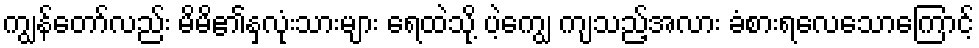
ကျွန်တော်လည်း မိမိ၏နှလုံးသားများ ရေထဲသို့ ပဲ့ကျွေ ကျသည့်အလား ခံစားရလေသောကြောင့်